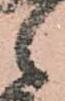
候